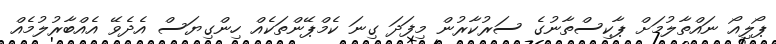
ޕޯލިއޯ ނައްތާލުމަށް ޕާކިސްތާނުގެ ސަރުކާރުން މިފަދަ ގިނަ ކެމްޕޭންތަކެއް ހިންގިޔަސް އެދެވޭ އެއްބާރުލުމެއް